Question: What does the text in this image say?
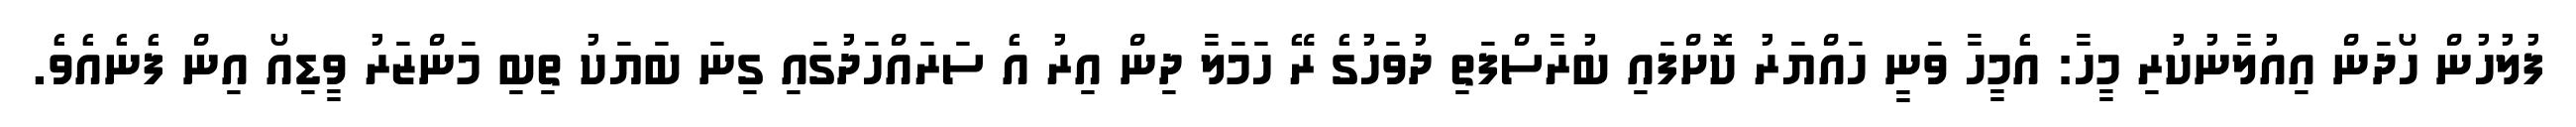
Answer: ފުލުހުން ހޯދަން އިއުލާނުކުރި މީހާ: އެމީހާ ވަނީ ހައްޔަރު ކޮށްފައި ބުރާސްފަތި ދުވަހުގެ ރޭ ހަމަލާ ދިން އިރު އެ ސަރައްހަދުގައި ގިނަ ބަޔަކު ތިބި މަންޒަރު ވީޑިއޯ އިން ފެނެއެވެ.